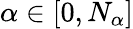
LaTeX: \alpha\in[0,N_{\alpha}]